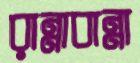
রান্নাবান্না